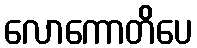
လောကောတိပေ